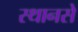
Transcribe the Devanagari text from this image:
स्थानसे